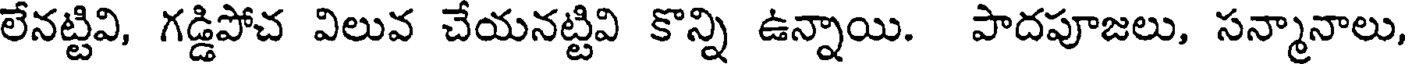
లేనట్టివి, గడ్డిపోచ విలువ చేయనట్టివి కొన్ని ఉన్నాయి. పాదపూజలు, సన్మానాలు,